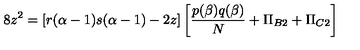
8 z ^ { 2 } = [ r ( \alpha - 1 ) s ( \alpha - 1 ) - 2 z ] \left[ \frac { p ( \beta ) q ( \beta ) } { N } + \Pi _ { B 2 } + \Pi _ { C 2 } \right]